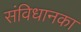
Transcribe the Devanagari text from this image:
संविधानका